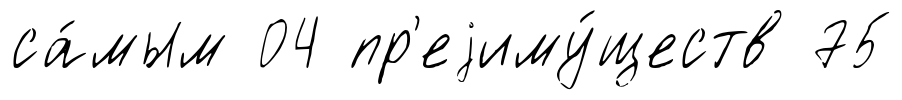
са́мым 04 пр'еjиму́ществ 75